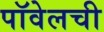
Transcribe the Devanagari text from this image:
पॉवेलची